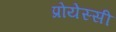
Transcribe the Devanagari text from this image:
प्रोयेस्सी